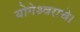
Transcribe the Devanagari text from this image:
योगेश्र्वराचे।